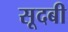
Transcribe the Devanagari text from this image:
सूदबी